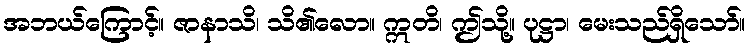
အဘယ်ကြောင့်။ ဇာနာသိ၊ သိ၏လော။ ဣတိ၊ ဤသို့။ ပုဋ္ဌာ၊ မေးသည်ရှိသော်။